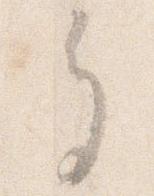
多